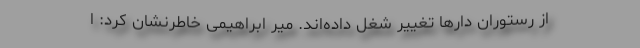
از رستوران دارها تغییر شغل داده‌اند. میر ابراهیمی خاطرنشان کرد: ا